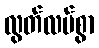
လွတ်လပ်စွာ